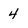
Character: 4